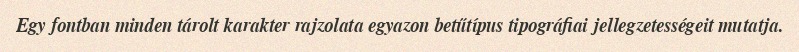
Egy fontban minden tárolt karakter rajzolata egyazon betűtípus tipográfiai jellegzetességeit mutatja.